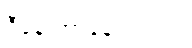
ဒီနေ့ ဘာနေ့ရက်လဲ။